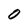
Character: o